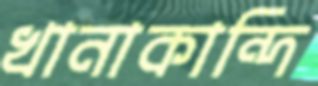
খানাকান্দি